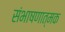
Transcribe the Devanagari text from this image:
संभाषणात्मक